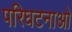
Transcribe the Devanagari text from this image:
परिघटनाओ